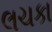
લચકા